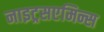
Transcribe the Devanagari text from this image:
नाइट्रसएमिन्स